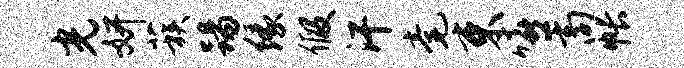
光妍蔟踢缘假汗毫束嘻商帐